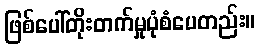
ဖြစ်ပေါ်တိုးတက်မှုပုံစံပေတည်း။